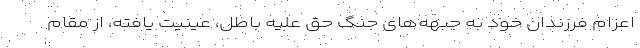
اعزام فرزندان خود به جبهه‌های جنگ حق علیه باطل، عینیت یافته، از مقام